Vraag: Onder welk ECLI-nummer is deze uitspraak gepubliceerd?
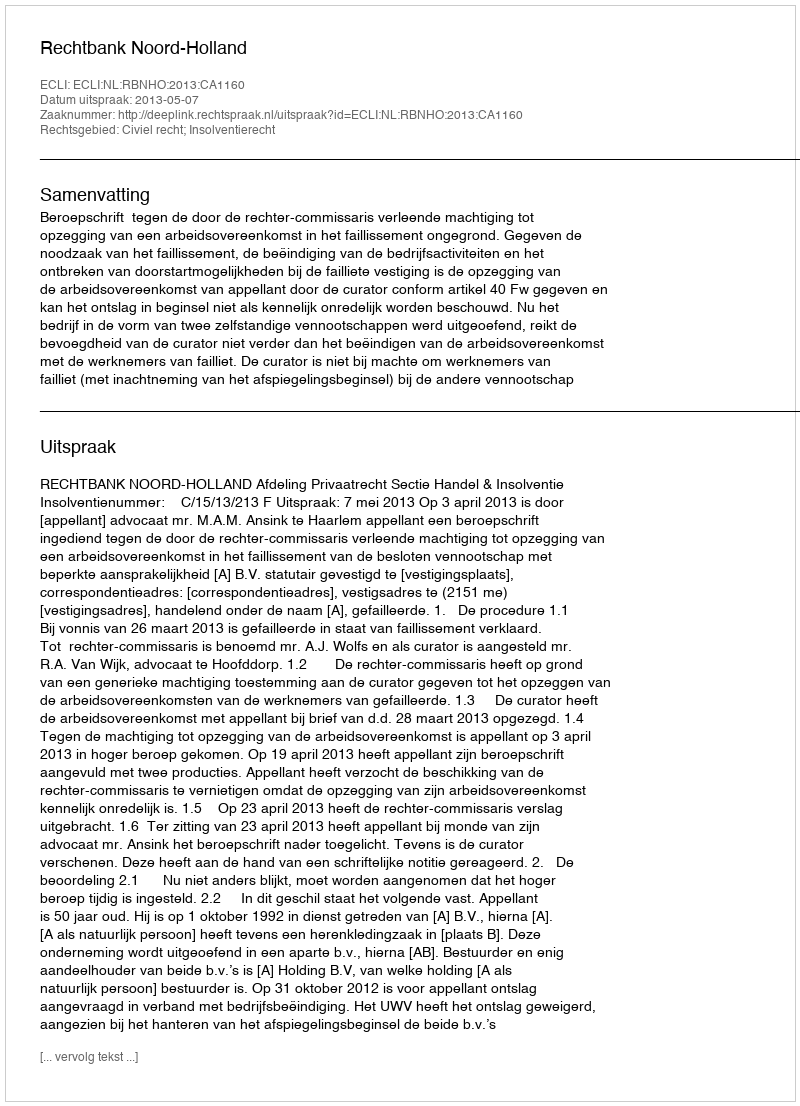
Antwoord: ECLI:NL:RBNHO:2013:CA1160